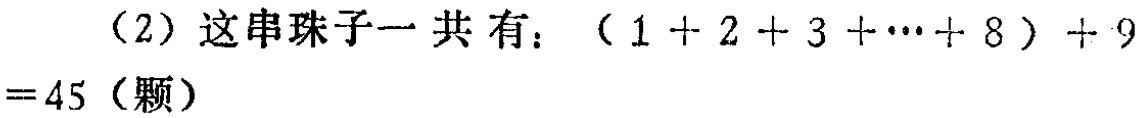
（2）这串珠子一共有：\((1 + 2 + 3 + \cdots + 8)+ 9=45\)（颗）